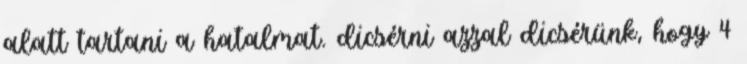
alatt tartani a hatalmat. dicsérni azzal dicsérünk, hogy 4